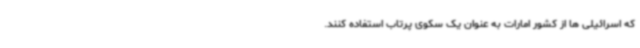
که اسرائیلی ها از کشور امارات به عنوان یک سکوی پرتاب استفاده کنند.